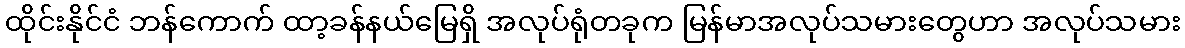
ထိုင်းနိုင်ငံ ဘန်ကောက် ထာ့ခန်နယ်မြေရှိ အလုပ်ရုံတခုက မြန်မာအလုပ်သမားတွေဟာ အလုပ်သမား